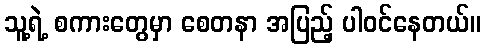
သူ့ရဲ့ စကားတွေမှာ စေတနာ အပြည့် ပါဝင်နေတယ်။